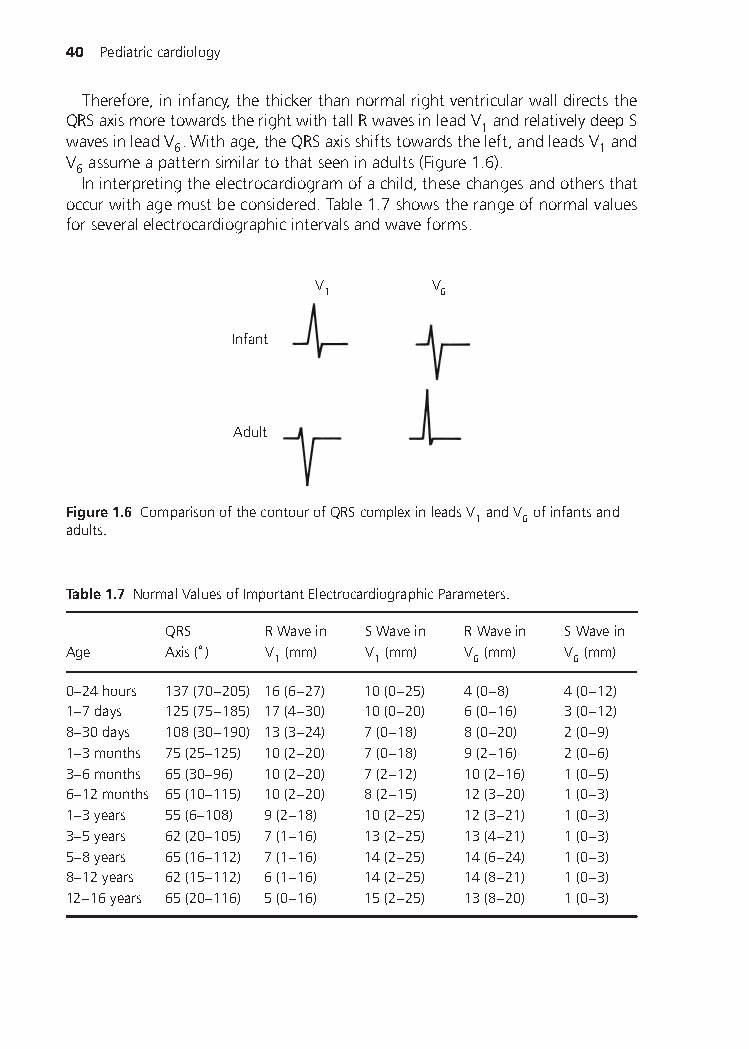
40 Pediatriccardiology
 Therefore,ininfancy,thethickerthannormalrightventricularwalldirectsthe
 QRSaxismoretowardstherightwithtallRwavesinleadV andrelativelydeepS
 1
 wavesinleadV .Withage,theQRSaxisshiftstowardstheleft,andleadsV and
 6                           1
 V assumeapatternsimilartothatseeninadults(Figure1.6).
 6
 Ininterpretingtheelectrocardiogramofachild,thesechangesandothersthat
 occurwithagemustbeconsidered.Table1.7showstherangeofnormalvalues
 forseveralelectrocardiographicintervalsandwaveforms.
 V       V
 1       6
 Infant
 Adult
 Figure1.6 ComparisonofthecontourofQRScomplexinleadsV andV ofinfantsand
 1  6
 adults.
 Table1.7 NormalValuesofImportantElectrocardiographicParameters.
 QRS    RWavein SWavein RWavein SWavein
 ∘
 Age   Axis() V (mm) V (mm) V (mm) V (mm)
 1     1      6     6
 0–24hours 137(70–205) 16(6–27) 10(0–25) 4(0–8) 4(0–12)
 1–7days 125(75–185) 17(4–30) 10(0–20) 6(0–16) 3(0–12)
 8–30days 108(30–190) 13(3–24) 7(0–18) 8(0–20) 2(0–9)
 1–3months 75(25–125) 10(2–20) 7(0–18) 9(2–16) 2(0–6)
 3–6months 65(30–96) 10(2–20) 7(2–12) 10(2–16) 1(0–5)
 6–12months 65(10–115) 10(2–20) 8(2–15) 12(3–20) 1(0–3)
 1–3years 55(6–108) 9(2–18) 10(2–25) 12(3–21) 1(0–3)
 3–5years 62(20–105) 7(1–16) 13(2–25) 13(4–21) 1(0–3)
 5–8years 65(16–112) 7(1–16) 14(2–25) 14(6–24) 1(0–3)
 8–12years 62(15–112) 6(1–16) 14(2–25) 14(8–21) 1(0–3)
 12–16years 65(20–116) 5(0–16) 15(2–25) 13(8–20) 1(0–3)